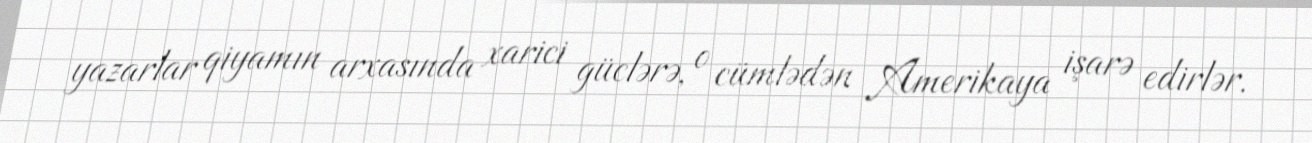
yazarlar qiyamın arxasında xarici güclərə, o cümlədən Amerikaya işarə edirlər.